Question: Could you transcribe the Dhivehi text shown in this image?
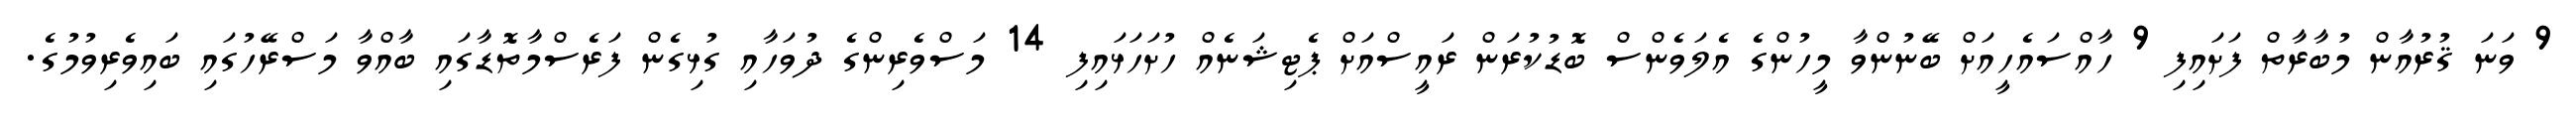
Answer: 9 ވަނަ ޤުރުއާން މުބާރާތް ފަށައިފި 9 ހާއްސައެހީއަށް ބޭނުންވާ މީހުންގެ އެލަވެންސް ބޮޑުކުރަން ރައީސްއަށް ޕެޓިޝަނެއް ހުށަހަޅައިފި 14 މަސްވެރިންގެ ދުވަހާއި ގުޅިގެން ފަރެސްމާތޮޑާގައި ބާއްވާ މަސްރޭހުގައި ބައިވެރިވުމުގެ.